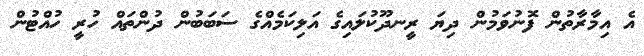
އެ އިމާރާތުން ފޮނުވަމުން ދިޔަ ރީނދޫކުލައިގެ އަލިކަމެއްގެ ސަބަބުން ދުންތައް ހުރީ ހުއްޓުން